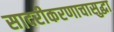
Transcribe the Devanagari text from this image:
सादरीकरणाचासुद्धा